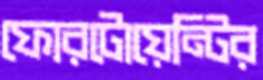
ফোরটোয়েন্টির